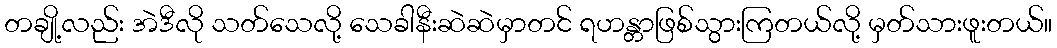
တချို့လည်း အဲဒီလို သတ်သေလို့ သေခါနီးဆဲဆဲမှာတင် ရဟန္တာဖြစ်သွားကြတယ်လို့ မှတ်သားဖူးတယ်။